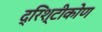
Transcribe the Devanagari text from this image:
द्रिश्टीकोण